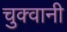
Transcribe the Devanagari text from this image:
चुक्वानी